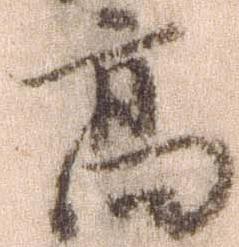
高